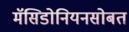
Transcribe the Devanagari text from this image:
मॅसिडोनियनसोबत